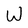
Character: W